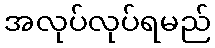
အလုပ်လုပ်ရမည်